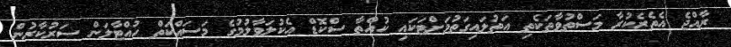
ރާއްޖެ އެތެރެކުރާ މަސްތުވާތަކެތި އަތުލައިގަތުމަށްޓަކައި ކުއްތާ ސްކޮޑް އެކުލަވާލުމުގެ މަސައްކަތް ހުއްޓާލަން ސަރުކާރުން